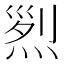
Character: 𤉩